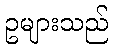
ဥများသည်